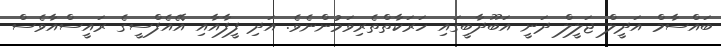
ބައްސާމް އަދީލް ޖަލީލް ދަނީ އަބޫދާބީގައި ހަރަކާތްތެރިވަމުންނެވެ. އަދި ފީފާއާއި އޭއެފްސީގެ ރައީސްއާވެސް